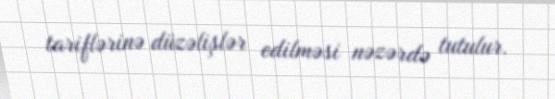
tariflərinə düzəlişlər edilməsi nəzərdə tutulur.